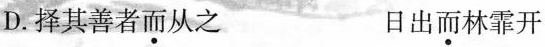
D.择其善者\underset{·}{而}从之 日出\underset{·}{而}林霏开